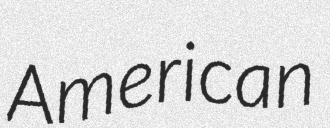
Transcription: American